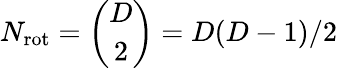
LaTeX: N_{\mathrm{rot}}={\binom{D}{2}}=D(D-1)/2